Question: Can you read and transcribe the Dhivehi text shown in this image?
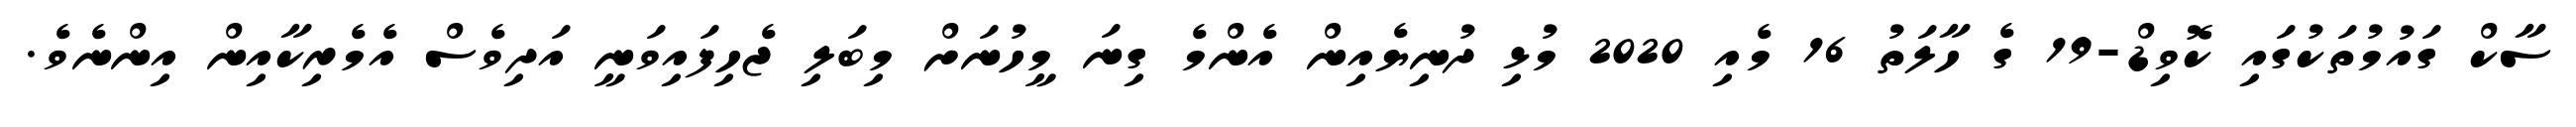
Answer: ސާކް ގައުމުތަކުގައި ކޮވިޑް-19 ގެ ހާލަތު 16 މެއި 2020 މުޅި ދުނިޔެއިން އެންމެ ގިނަ މީހުނަށް މިބަލި ޖެހިފައިވަނީ އަދިވެސް އެމެރިކާއިން އިންނެވެ.